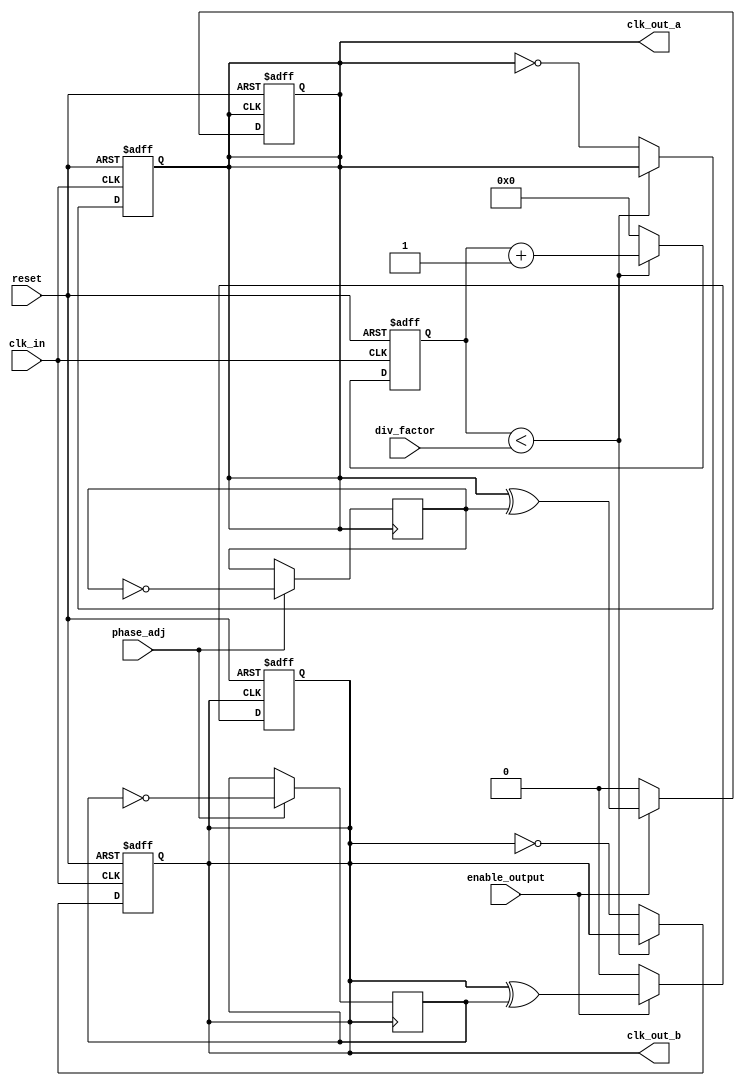
module ProgrammableClockBuffer (
    input wire clk_in,                // Input clock
    input wire reset,                 // Reset signal
    input wire [3:0] div_factor,      // Division factor for programmable divider
    input wire phase_adj,             // Phase adjustment control (could be multiple bits in actual design)
    input wire enable_output,          // Enable signal for the output clock
    output reg clk_out_a,             // Output clock A
    output reg clk_out_b              // Output clock B
);

// Internal variables
reg [15:0] count;                     // Counter for clock division
reg phase_reg_a, phase_reg_b;         // Phase registers

// Clock Division Logic
always @(posedge clk_in or posedge reset) begin
    if (reset) begin
        count <= 0;
        clk_out_a <= 0;
        clk_out_b <= 0;
    end else begin
        if (count < div_factor) begin
            count <= count + 1;
        end else begin
            count <= 0;
            clk_out_a <= ~clk_out_a; // Toggle output clock A
            clk_out_b <= ~clk_out_b; // Toggle output clock B (this can be adjusted for different outputs)
        end
    end
end

// Phase Adjustment Logic
always @(posedge clk_out_a) begin
    if (phase_adj) begin
        phase_reg_a <= ~phase_reg_a; // Toggle phase adjustment for A output (binary control - simplistic)
    end
end

always @(posedge clk_out_b) begin
    if (phase_adj) begin
        phase_reg_b <= ~phase_reg_b; // Toggle phase adjustment for B output
    end
end

// Output Enable/Disable Logic
always @(posedge clk_out_a or posedge reset) begin
    if (reset) begin
        clk_out_a <= 0; // Reset output A
    end else if (enable_output) begin
        clk_out_a <= clk_out_a ^ phase_reg_a; // Adjust clock A based on phase
    end else begin
        clk_out_a <= 0; // Disable output A
    end
end

always @(posedge clk_out_b or posedge reset) begin
    if (reset) begin
        clk_out_b <= 0; // Reset output B
    end else if (enable_output) begin
        clk_out_b <= clk_out_b ^ phase_reg_b; // Adjust clock B based on phase
    end else begin
        clk_out_b <= 0; // Disable output B
    end
end

endmodule